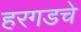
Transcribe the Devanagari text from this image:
हरगडचे